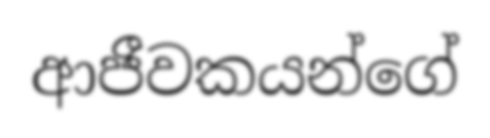
ආජීවකයන්ගේ